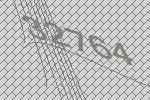
32764